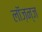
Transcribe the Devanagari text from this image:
लॉज़न्ज